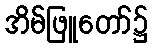
အိမ်ဖြူတော်၌